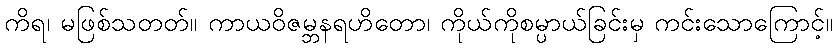
ကိရ၊ မဖြစ်သတတ်။ ကာယဝိဇမ္ဘနရဟိတော၊ ကိုယ်ကိုစမ္ပာယ်ခြင်းမှ ကင်းသောကြောင့်။